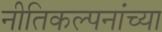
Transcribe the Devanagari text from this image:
नीतिकल्पनांच्या